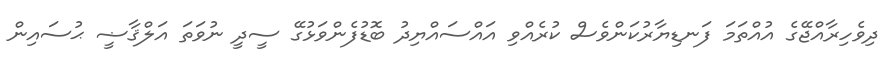
ދިވެހިރާއްޖޭގެ އުއްތަމަ ފަނޑިޔާރުކަންވެސް ކުރެއްވި އައްސައްޔިދު ބޮޑުފެންވަޅުގޭ ސީދީ ނުވަތަ އަލްޤާޟީ ޙުސައިން